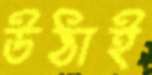
উঠাই